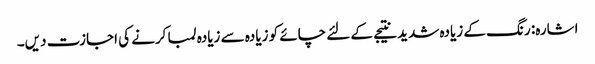
اشارہ: رنگ کے زیادہ شدید نتیجے کے لئے چائے کو زیادہ سے زیادہ لمبا کرنے کی اجازت دیں۔